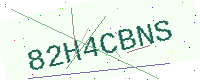
Text: 82H4CBNS